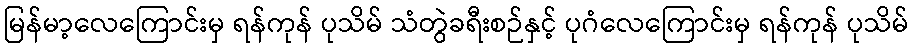
မြန်မာ့လေကြောင်းမှ ရန်ကုန် ပုသိမ် သံတွဲခရီးစဉ်နှင့် ပုဂံလေကြောင်းမှ ရန်ကုန် ပုသိမ်